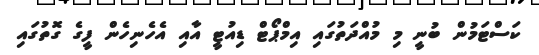
ކަސްޓަމުން ބުނީ މި މުއްދަތުގައި އިމްޕޯޓް ޑިއުޓީ އާއި އެހެނިހެން ފީގެ ގޮތުގައި